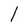
Character: l